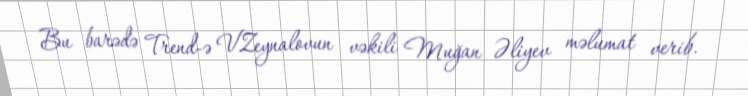
Bu barədə Trend-ə V.Zeynalovun vəkili Muğan Əliyev məlumat verib.